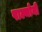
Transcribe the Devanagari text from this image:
पाल्मोनी